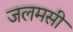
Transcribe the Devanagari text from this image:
जलमसी